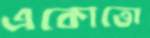
একোত্তো